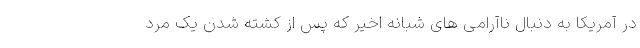
در آمریکا به دنبال ناآرامی های شبانه اخیر که پس از کشته شدن یک مرد